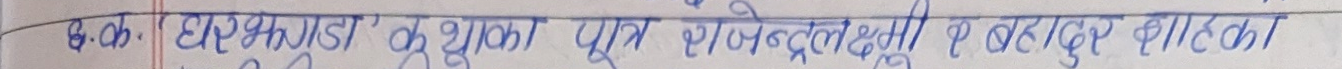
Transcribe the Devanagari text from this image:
६.क. धनपुरा झाँकाका पुत्र गजेन्द्रलक्ष्मी र बहादुर शाहका